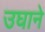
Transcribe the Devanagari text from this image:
उघाने